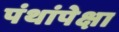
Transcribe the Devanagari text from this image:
पंथांपेक्षा